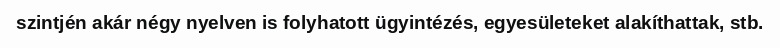
szintjén akár négy nyelven is folyhatott ügyintézés, egyesületeket alakíthattak, stb.